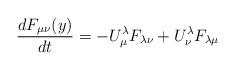
LaTeX: \begin{align*}{{dF_{\mu\nu}(y)} \over {dt}} = -U_\mu^\lambda F_{\lambda\nu}+ U_\nu^\lambda F_{\lambda\mu}\end{align*}